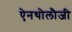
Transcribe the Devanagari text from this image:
ऐनथोलौजी